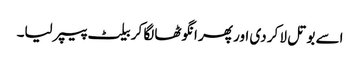
اسے بوتل لا کر دی اور پھر انگوٹھا لگا کر بیلٹ پیپر لیا۔